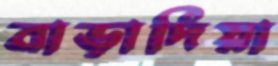
বাড়াদিয়া